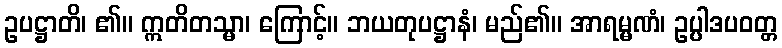
ဥပဋ္ဌာတိ၊ ၏။ ဣတိတသ္မာ၊ ကြောင့်။ ဘယတုပဋ္ဌာနံ၊ မည်၏။ အာရမ္မဏံ၊ ဥပ္ပါဒပဝတ္တ